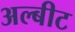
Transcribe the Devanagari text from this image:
अल्बीट